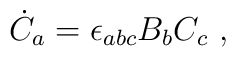
{\dot{C}}_{a} = \epsilon_{abc}B_{b}C_{c} \ ,